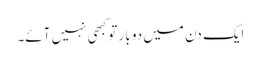
ایک دن میں دو بار تو کبھی نہیں آئے۔